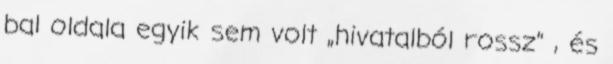
bal oldala egyik sem volt „hivatalból rossz” , és